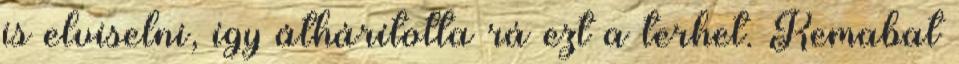
is elviselni, így áthárította rá ezt a terhet. Kemabat